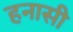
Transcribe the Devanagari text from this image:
हनासी